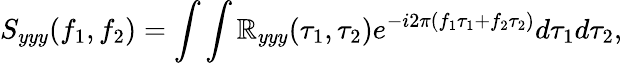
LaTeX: S_{yyy}(f_{1},f_{2})=\int\int\mathbb{R}_{yyy}(\tau_{1},\tau_{2})e^{-i2\pi(f_{1}\tau_{1}+f_{2}\tau_{2})}d\tau_{1}d\tau_{2},